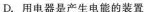
D.用电器是产生电能的装置